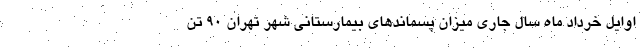
اوایل خرداد ماه سال جاری میزان پسماندهای بیمارستانی شهر تهران ۹۰ تن